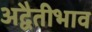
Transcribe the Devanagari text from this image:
अद्वैतीभाव